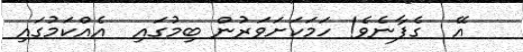
އޭ  ގެފާނެވެ! ހަމަކަށަވަރުން ބިމުގައި  އެއްކަމުގައި